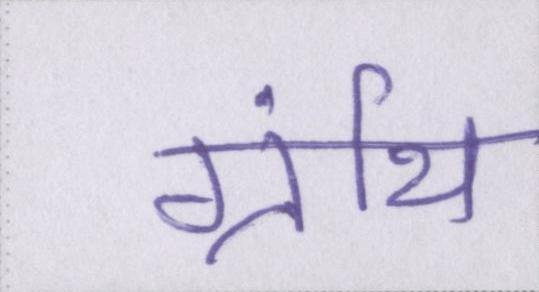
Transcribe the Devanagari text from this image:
ग्रंथि